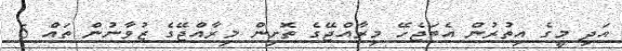
އަދި މީގެ އިތުރުން އެބަޖެހޭ މިރާއްޖޭގެ ތޮށިން މިރާއްޖޭގެ ޒުވާނުން ތައް 5